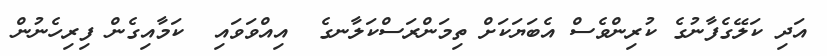
އަދި ކަލޭގެފާނުގެ ކުރިންވެސް އެބަޔަކަށް ތިމަންރަސްކަލާނގެ  އިއްވަވައި  ކަމާއިގެން ފިރިހެނުން